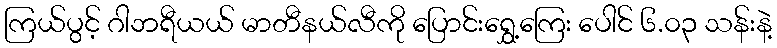
ကြယ်ပွင့် ဂါဘရီယယ် မာတီနယ်လီကို ပြောင်းရွှေ့ကြေး ပေါင် ၆.၀၃ သန်းနဲ့